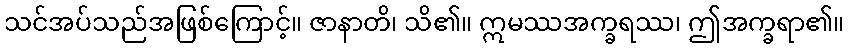
သင်အပ်သည်အဖြစ်ကြောင့်။ ဇာနာတိ၊ သိ၏။ ဣမဿအက္ခရဿ၊ ဤအက္ခရာ၏။